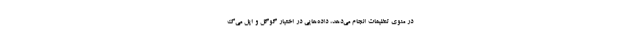
در منوی تنظیمات انجام می‌دهد، داده‌هایی در اختیار گوگل و اپل می‌گ